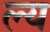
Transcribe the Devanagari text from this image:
ल्य